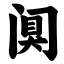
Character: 阒